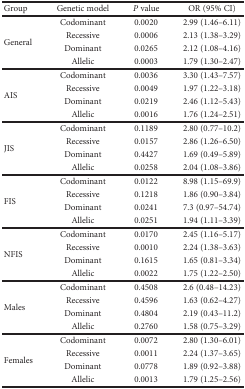
<table><thead><tr><td><b>Group</b></td><td><b>Genetic model</b></td><td><b><i>P</i> value</b></td><td><b>OR (95% CI)</b></td></tr></thead><tbody><tr><td rowspan="4">General</td><td>Codominant</td><td>0.0020</td><td>2.99 (1.46–6.11)</td></tr><tr><td>Recessive</td><td>0.0006</td><td>2.13 (1.38–3.29)</td></tr><tr><td>Dominant</td><td>0.0265</td><td>2.12 (1.08–4.16)</td></tr><tr><td>Allelic</td><td>0.0003</td><td>1.79 (1.30–2.47)</td></tr><tr><td rowspan="4">AIS</td><td>Codominant</td><td>0.0036</td><td>3.30 (1.43–7.57)</td></tr><tr><td>Recessive</td><td>0.0049</td><td>1.97 (1.22–3.18)</td></tr><tr><td>Dominant</td><td>0.0219</td><td>2.46 (1.12–5.43)</td></tr><tr><td>Allelic</td><td>0.0016</td><td>1.76 (1.24–2.51)</td></tr><tr><td rowspan="4">JIS</td><td>Codominant</td><td>0.1189</td><td>2.80 (0.77–10.2)</td></tr><tr><td>Recessive</td><td>0.0157</td><td>2.86 (1.26–6.50)</td></tr><tr><td>Dominant</td><td>0.4427</td><td>1.69 (0.49–5.89)</td></tr><tr><td>Allelic</td><td>0.0258</td><td>2.04 (1.08–3.86)</td></tr><tr><td rowspan="4">FIS</td><td>Codominant</td><td>0.0122</td><td>8.98 (1.15–69.9)</td></tr><tr><td>Recessive</td><td>0.1218</td><td>1.86 (0.90–3.84)</td></tr><tr><td>Dominant</td><td>0.0241</td><td>7.3 (0.97–54.74)</td></tr><tr><td>Allelic</td><td>0.0251</td><td>1.94 (1.11–3.39)</td></tr><tr><td rowspan="4">NFIS</td><td>Codominant</td><td>0.0170</td><td>2.45 (1.16–5.17)</td></tr><tr><td>Recessive</td><td>0.0010</td><td>2.24 (1.38–3.63)</td></tr><tr><td>Dominant</td><td>0.1615</td><td>1.65 (0.81–3.34)</td></tr><tr><td>Allelic</td><td>0.0022</td><td>1.75 (1.22–2.50)</td></tr><tr><td rowspan="4">Males</td><td>Codominant</td><td>0.4508</td><td>2.6 (0.48–14.23)</td></tr><tr><td>Recessive</td><td>0.4596</td><td>1.63 (0.62–4.27)</td></tr><tr><td>Dominant</td><td>0.4804</td><td>2.19 (0.43–11.2)</td></tr><tr><td>Allelic</td><td>0.2760</td><td>1.58 (0.75–3.29)</td></tr><tr><td rowspan="4">Females</td><td>Codominant</td><td>0.0072</td><td>2.80 (1.30–6.01)</td></tr><tr><td>Recessive</td><td>0.0011</td><td>2.24 (1.37–3.65)</td></tr><tr><td>Dominant</td><td>0.0778</td><td>1.89 (0.92–3.88)</td></tr><tr><td>Allelic</td><td>0.0013</td><td>1.79 (1.25–2.56)</td></tr></tbody></table>